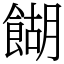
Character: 餬